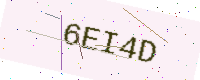
Text: 6EI4D